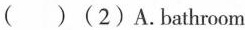
( )(2)A.Bathroom